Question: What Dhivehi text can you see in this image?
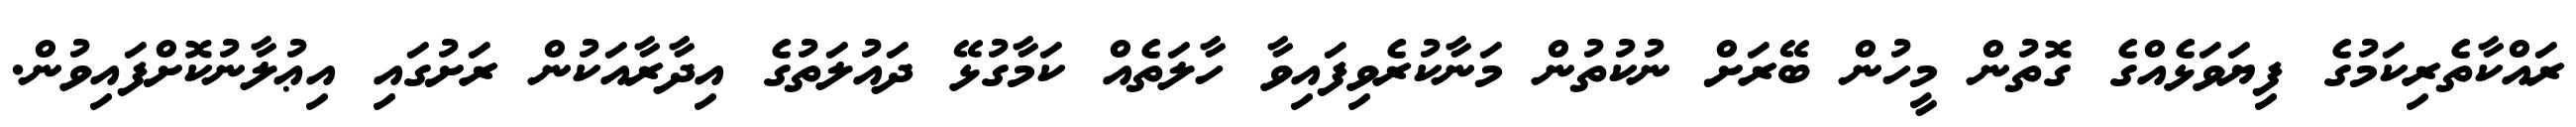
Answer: ރައްކާތެރިކަމުގެ ފިޔަވަޅެއްގެ ގޮތުން މީހުން ބޭރަށް ނުކުތުން މަނާކުރެވިފައިވާ ހާލަތެއް ކަމާގުޅޭ ދައުލަތުގެ އިދާރާއަކުން ރަށުގައި އިޢުލާނުކޮށްފައިވުން.